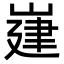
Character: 𡺅